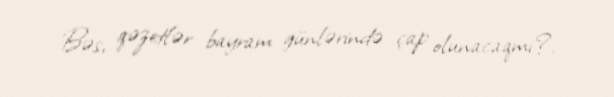
Bəs, qəzetlər bayram günlərində çap olunacaqmı?.